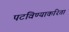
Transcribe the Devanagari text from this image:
पटविण्याकरिता